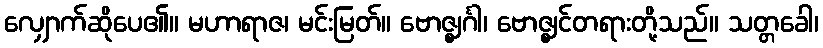
လျှောက်ဆိုပေ၏။ မဟာရာဇ၊ မင်းမြတ်။ ဗောဇ္ဈင်္ဂါ၊ ဗောဇ္ဈင်တရားတို့သည်။ သတ္တခေါ၊